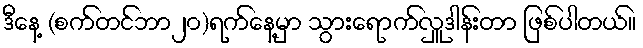
ဒီနေ့ (စက်တင်ဘာ၂၀)ရက်နေ့မှာ သွားရောက်လှူဒါန်းတာ ဖြစ်ပါတယ်။